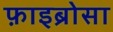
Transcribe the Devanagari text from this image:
फ़ाइब्रोसा